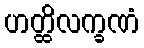
ဟတ္ထိလက္ခဏံ